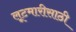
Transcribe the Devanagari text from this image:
लूटमारीसाठी